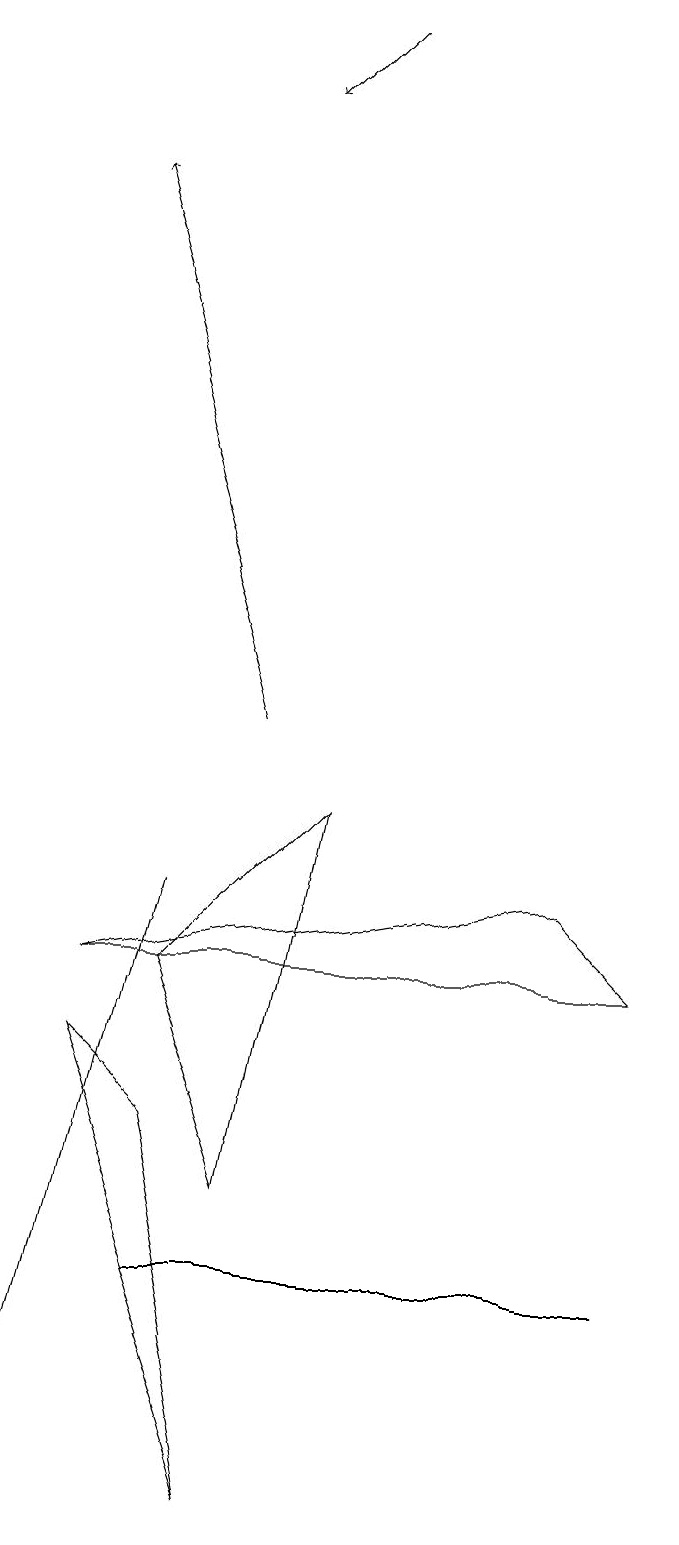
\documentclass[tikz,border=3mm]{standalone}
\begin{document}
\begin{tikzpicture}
\draw (1,6) -- (2,5) -- (3,0) -- cycle;
\draw[->] (4,19) -- (3,18);
\draw (7,8) -- (8,7) -- (1,7) -- cycle;
\draw (3,4) -- (2,7) -- (4,9) -- cycle;
\draw[->] (3,10) -- (1,17);
\draw (0,0) -- (2,8) -- (0,0) -- cycle;
\draw (7,3) -- (8,3) -- (2,3) -- cycle;
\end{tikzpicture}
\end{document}